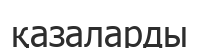
қазаларды